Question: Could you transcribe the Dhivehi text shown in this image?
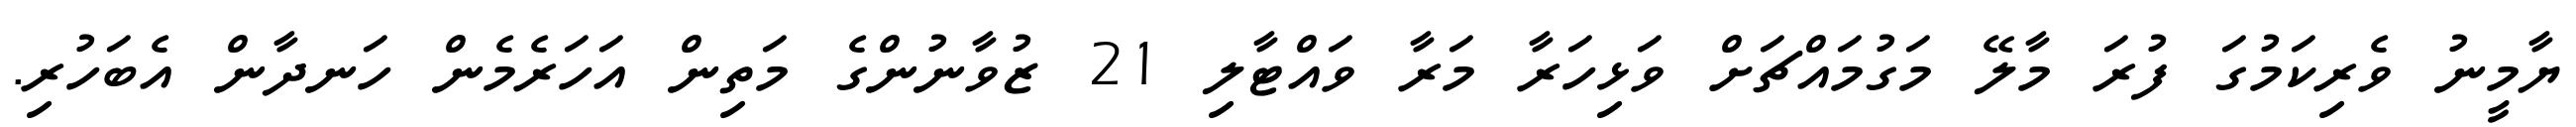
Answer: ޔާމީނު ވެރިކަމުގަ ފުރަ މާލޭ މަގުމައްޗަށް ވަޅިހަރާ މަރާ ވައްޓާލި 21 ޒުވާނުންގެ މަތިން އަހަރެމެން ހަނދާން އެބަހުރި.